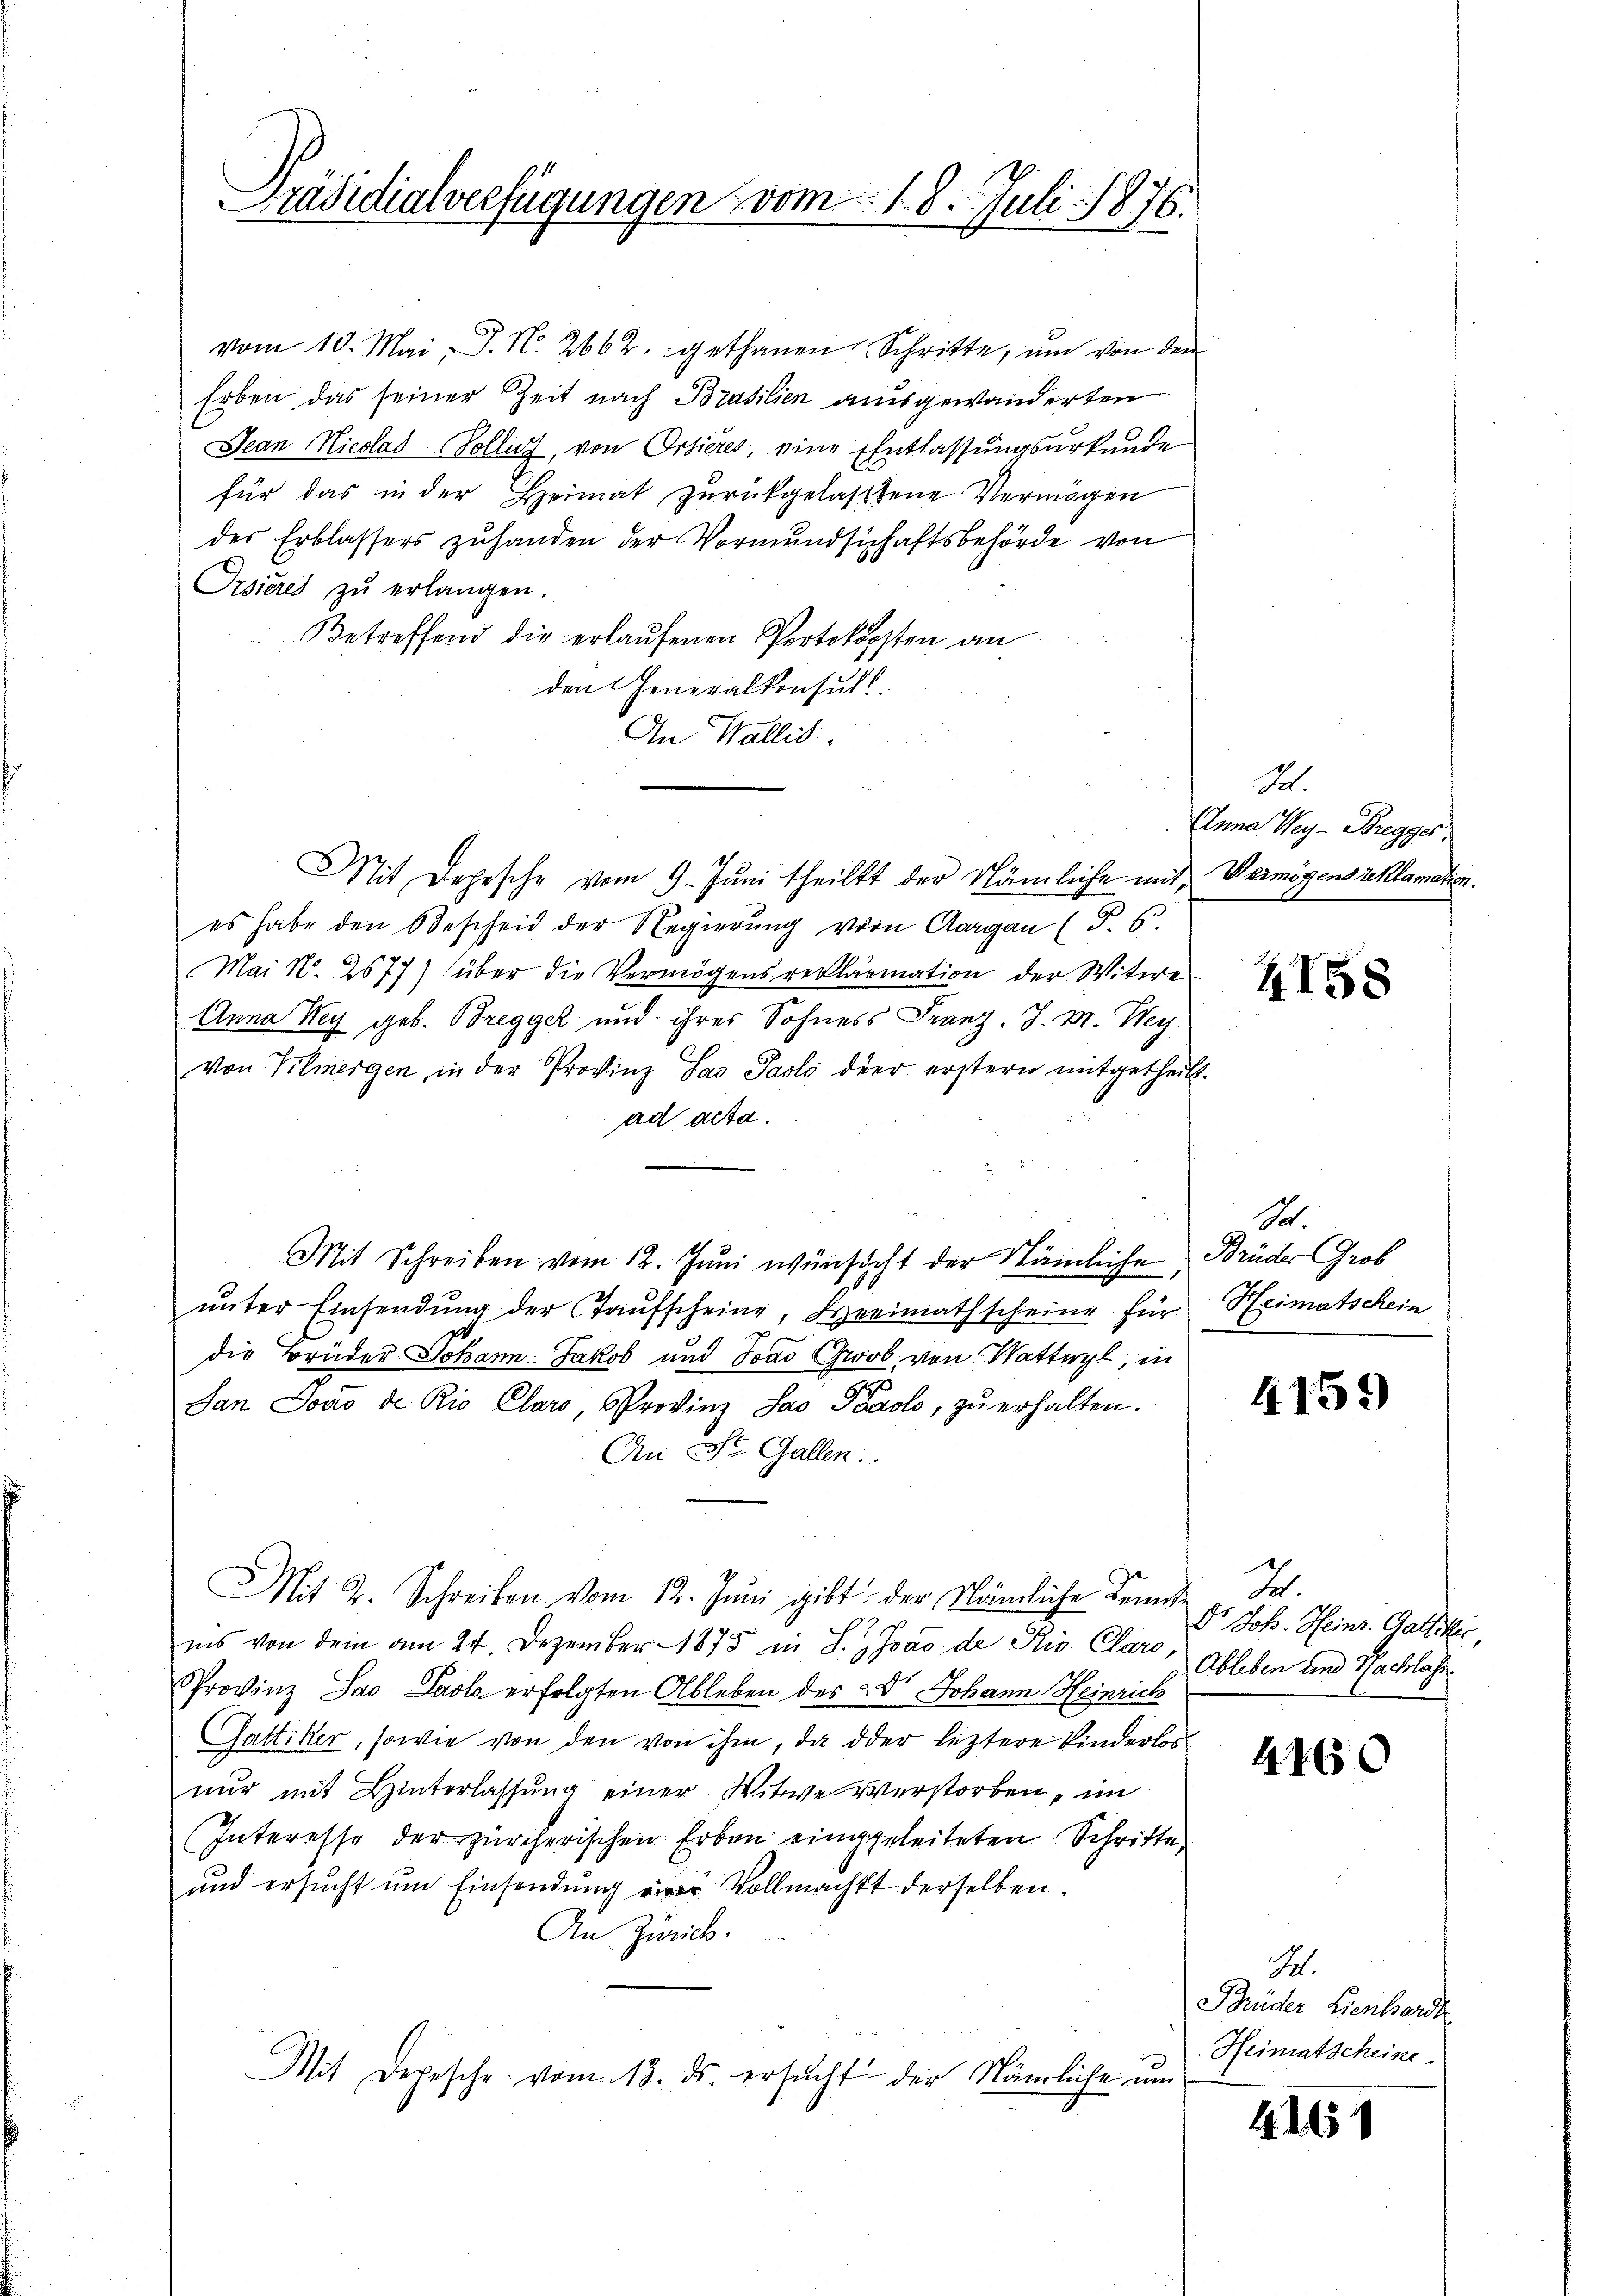
Präsidialverfügungen vom 1. 8. Juli 1876.

vom 10. Mai, J. N. 2662. gethanen Schritte, ŭm von den
Erben. Das seiner Zeit nach Brasilien ausgewanderten
Jean Nicolas Soller, von Ortieres, eine Entlassungsurkunde
für das in der Heimat zŭrückgelassene Vermögen
des Erblassers zuhanden der Vormundschaftsbehörde von
Prsieres zŭ erlangen.
Betreffend die erlaŭfenen Portokopsten an
den Generalkonsul
An Wallis.
Mit Depesche vom 9. Jŭni theilt der Nämliche mit Vermögens reklamation.
es habe den Bescheid der Regierung von Aargau (T. 5.
Mai N. 2677) (über die Vermögens reklärmation der Witwe
Anna Wey geb. Breggel und ihres Sohness Franz. J. M. Mey
von Vilmergen, in der Provinz Lao Paolo der erstern mitgetheilt.
ad acta.
Mit Schreiben vom 12. Juni wünsicht der Nämliche, Brüder Grob
ŭnter Einsendŭng der aŭfscheine, Heimathscheine für Heimatschein
die Brüder Johann-Jakob und Joad Grob, von Wattwyl, in
San Jovo de Rio Claro, Provinz Jao Paolo, zu erhalten.
An St. Gallen.
Mit 2. Schreiben vom 12. Juni gibt der Nämliche Kennte I.
ins von dem am 24. Dezember 1875 in S. Joao de Ris. Clare
Provinz Jao: Paolo erfolgten Ableben des Dr. Johann Heinrich
Gattiker, sowie von den von ihm, da oder leztere Kinderles
nur mit Hinterlassung einer Witwe verstorben, im
(Interesse der zürcherischen Erben eingeleiteten Schritte,
und ersucht um Einsendung Vollmacht derselben.
An Zürick.
Mit Depesche vom 13. ds. ersŭcht der Nämliche um

S.
Anna Wey-Bregges

II58

So.

4159

Dr Joh. Heinr. Gattiker,
Ableben und Nachlass.

4160

M.
Brüder Lienhardt
Heimatscheine

1161